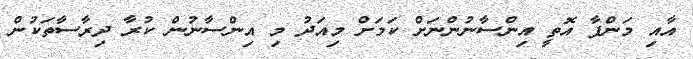
އާއި މަންފާ އޮތީ އިންސާނުންނަށް ކަމަށް މިއަދު މި އިންސާނުން ކުރާ ދިރާސާތަކުން